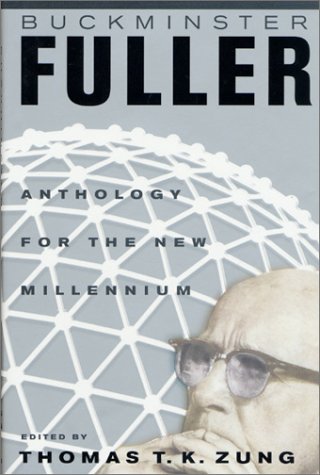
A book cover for Buckminster Fuller: Anthology for the New Millennium; Thomas T. K. Zung; Science & Math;